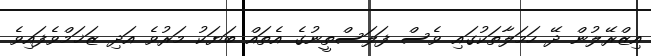
އިޒްރޭލުން ދޭ ހަމަލާތަކުގައި ވެސް ފަލަސްތީނުގެ އެތައް ބަޔަކު މަރުވެ އަދި ޒަޚަމްވެފައިވެ